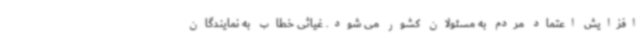
افزایش اعتماد مردم به مسئولان کشور می شود. غیاثی خطاب به نمایندگان